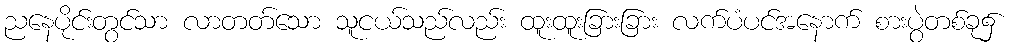
ညနေပိုင်းတွင်သာ လာတတ်သော သူငယ်သည်လည်း ထူးထူးခြားခြား လက်ပံပင်အနောက် စားပွဲတစ်ခု၌